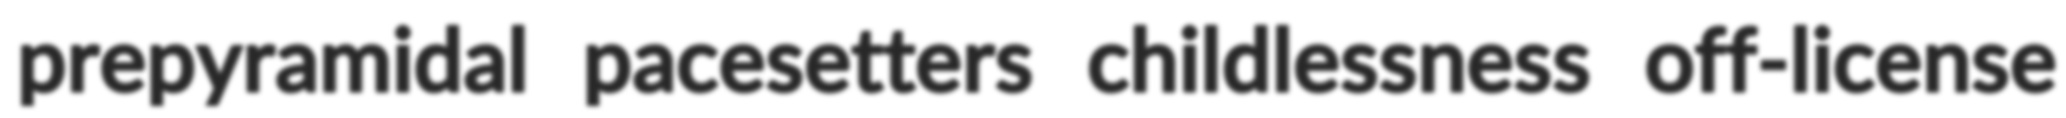
prepyramidal pacesetters childlessness off-license